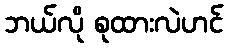
ဘယ်လို စုထားလဲဟင်